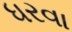
ધરવા